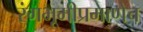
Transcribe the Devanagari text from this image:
रंगभूमीप्रमाणेच